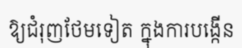
ឱ្យជំរុញថែមទៀត ក្នុងការបង្កើន